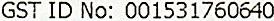
GST ID NO: 001531760640